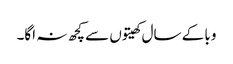
وبا کے سال کھیتوں سے کچھ نہ اگا۔